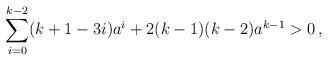
LaTeX: \begin{align*}\sum_{i=0}^{k-2}(k+1-3i)a^{i}+2(k-1)(k-2)a^{k-1}>0\,,\end{align*}